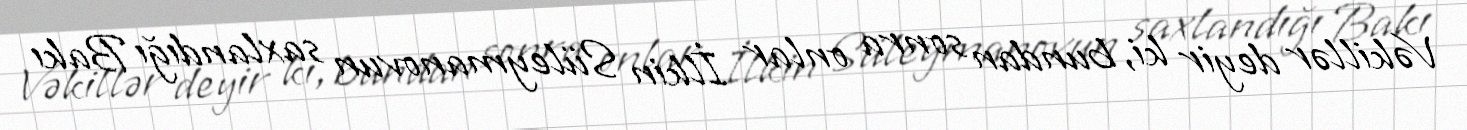
Vəkillər deyir ki, bundan sonra onlar İlkin Süleymanovun saxlandığı Bakı